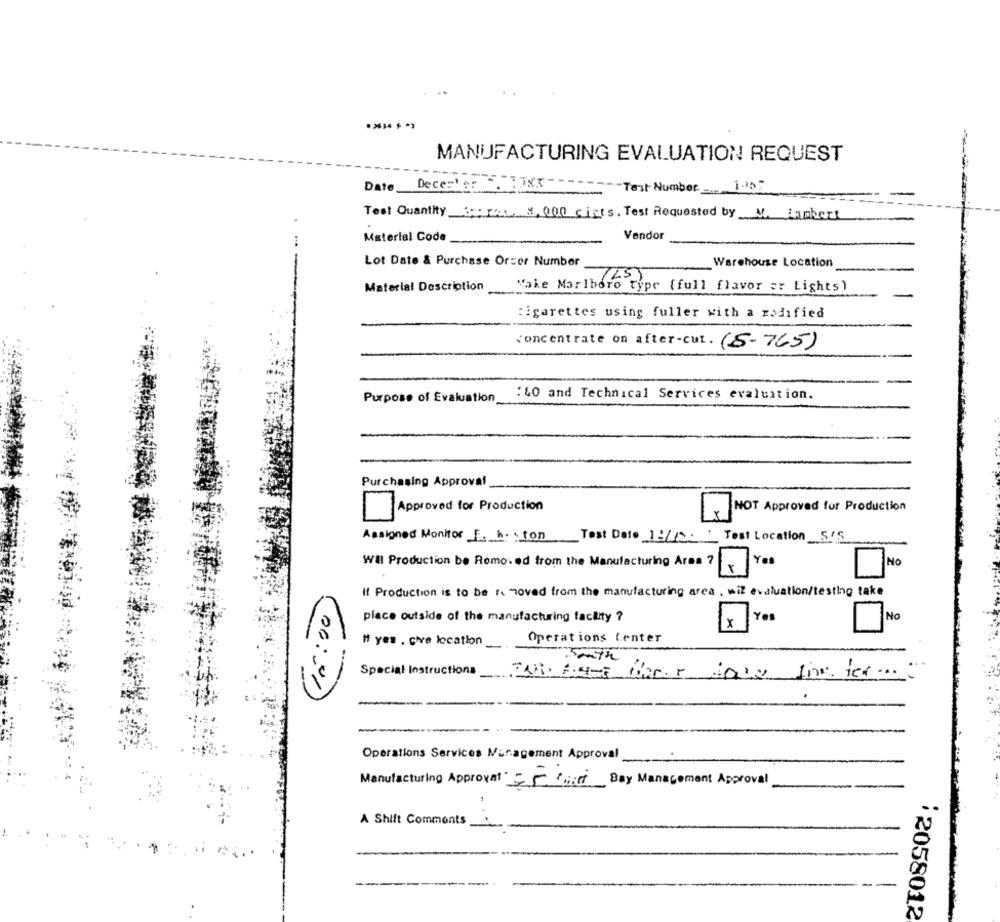
MANUFACTURING EVALUATION REQUEST
Deces' or
Date
-- Test Number_ 1002
Test Quantity Kurz 8,000 cirts. Test Requested by M. Lambert
Material Code
Vendor
Lot Date & Purchase Order Number
Warehouse Location
Material Description
"ake Marlboro type (full flavor sr Lights)
cigarettes using fuller with a modified
concentrate on after-cut. (5-765)
Purpose of Evaluation
:60 and Technical Services evaluation.
Purchasing Approval
Approved for Production
NOT Approved for Production
Test Date 1:419
Test Location S'S
Assigned Monitor E. hinton
WIl Production be Romo. ed from the Manufacturing Area ?
Yes
NO
If Production is to be removed from the manufacturing area , wil evaluation/testing take
place outside of the manufacturing facility ?
Yes
No
x
Operations Center
M yes . cive location
Special Instructions
line ter ...
Operations Services Muragement Approval
Manufacturing Approval 5 Chili Bay Management Approval
A Shift Comments
---.
2058012